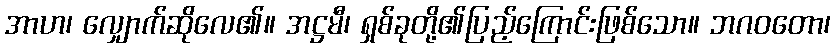
အာဟ၊ လျှောက်ဆိုလေ၏။ အဋ္ဌမီ၊ ရှစ်ခုတို့၏ပြည့်ကြောင်းဖြစ်သော။ ဘဂဝတော၊